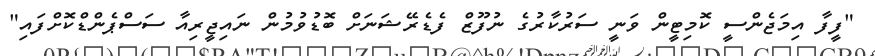
"ފީފާ އިމަޖެންސީ ކޮމިޓީން ވަނީ ސަރުކާރުގެ ނުފޫޒް ފެޑެރޭޝަނަށް ބޮޑުވުމުން ނައިޖީރިއާ ސަސްޕެންޑްކޮށްފައި"